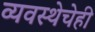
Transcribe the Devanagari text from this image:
व्यवस्थेचेही